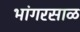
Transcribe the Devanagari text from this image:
भांगरसाळ